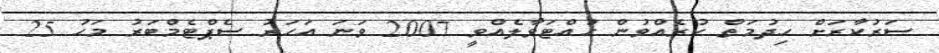
ސަރުކާރަށް ހިދުމަތް ކުރެއްވުން ހުއްޓަވާލެއްވީ 2007 ވަނަ އަހަރު ސެޕްޓެމްބަރު މަހު 25